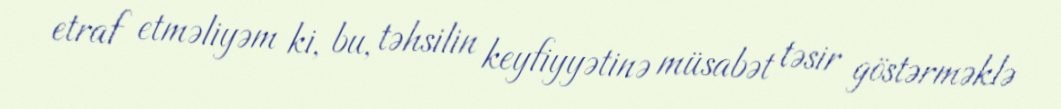
etraf etməliyəm ki, bu, təhsilin keyfiyyətinə müsabət təsir göstərməklə